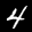
Label: 4